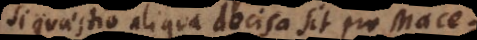
Si quaestio aliqua decisa sit pro Mace